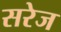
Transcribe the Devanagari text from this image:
सरेज